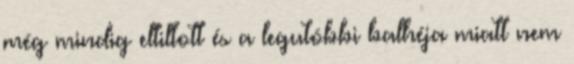
még mindig eltiltott és a legutóbbi balhéja miatt nem